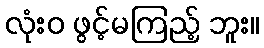
လုံးဝ ဖွင့်မကြည့် ဘူး။